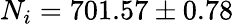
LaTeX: N_{i}=701.57\pm 0.78